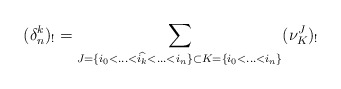
\begin{align*}(\delta_n^k)_!=\sum_{J=\{i_0<\hdots<\widehat{i_k}<\hdots<i_n\} \subset K=\{i_0<\hdots<i_n\} }(\nu_{K}^J)_!\end{align*}